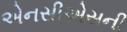
એનસીએસની